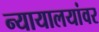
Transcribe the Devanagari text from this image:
न्यायालयांवर